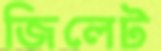
জিলেট